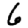
Digit: 6